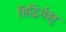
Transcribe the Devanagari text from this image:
सिद्धिर्भवतु